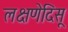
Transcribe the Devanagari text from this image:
लक्षणेदिसू